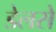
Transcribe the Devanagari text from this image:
डेलसे